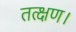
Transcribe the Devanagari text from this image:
तत्क्षण।